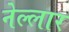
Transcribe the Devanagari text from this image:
नेल्‍लार